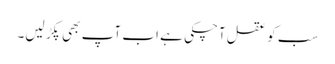
سب کو عقل آچکی ہے اب آپ بھی پکڑ لیں۔